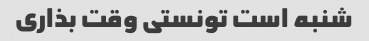
شنبه است تونستی وقت بذاری